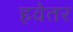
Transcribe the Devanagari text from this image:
हवेतर